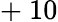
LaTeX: +~10